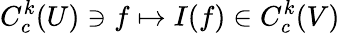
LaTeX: C_{c}^{k}(U)\ni f\mapsto I(f)\in C_{c}^{k}(V)